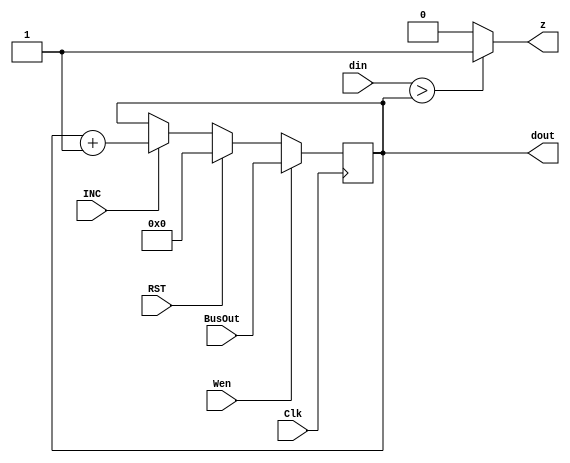
module check_regF(Wen, BusOut, Clk, RST, INC, din, dout, z);
  input Wen, Clk, RST, INC;
  input[3:0] BusOut, din;
  output reg z=1;
  output reg [3:0] dout = 4'd0;
  always @(dout)
	begin
		if(din > dout) z <=1;         //For MC and MV we can use the negation of Z
		else z <=0;
	end
  always @(posedge Clk)
    begin
        if      (Wen) dout <= BusOut;
        else if (RST) dout <= 4'd0;
        else if (INC) dout <= dout+1;
        else            dout <= dout;
      
    end
endmodule